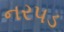
નરપડ